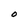
Character: O